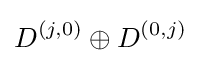
D^{(j,0)}\oplus D^{(0,j)}